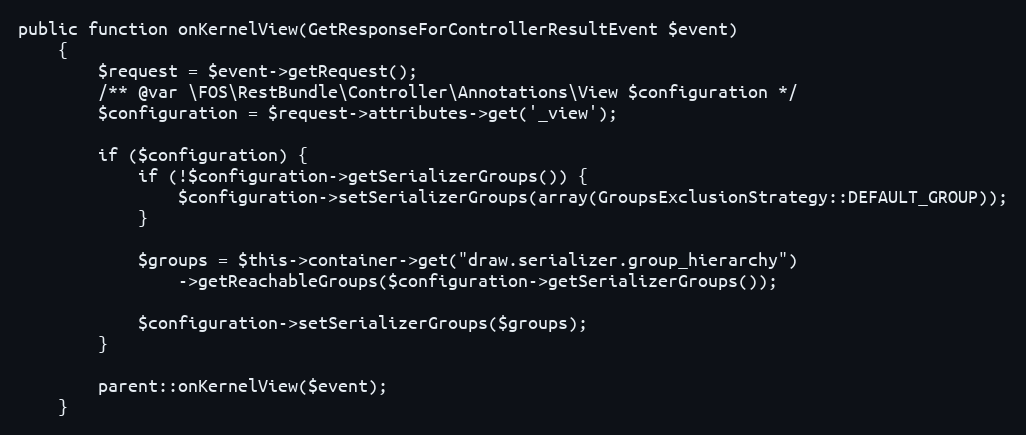
Language: PHP
public function onKernelView(GetResponseForControllerResultEvent $event)
    {
        $request = $event->getRequest();
        /** @var \FOS\RestBundle\Controller\Annotations\View $configuration */
        $configuration = $request->attributes->get('_view');

        if ($configuration) {
            if (!$configuration->getSerializerGroups()) {
                $configuration->setSerializerGroups(array(GroupsExclusionStrategy::DEFAULT_GROUP));
            }

            $groups = $this->container->get("draw.serializer.group_hierarchy")
                ->getReachableGroups($configuration->getSerializerGroups());

            $configuration->setSerializerGroups($groups);
        }

        parent::onKernelView($event);
    }